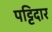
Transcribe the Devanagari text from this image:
पट्टिदार